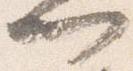
門